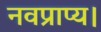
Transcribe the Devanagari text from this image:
नवप्राप्य।